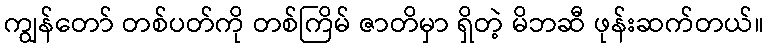
ကျွန်တော် တစ်ပတ်ကို တစ်ကြိမ် ဇာတိမှာ ရှိတဲ့ မိဘဆီ ဖုန်းဆက်တယ်။